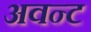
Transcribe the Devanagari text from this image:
अवन्ट